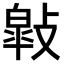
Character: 𢿎